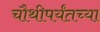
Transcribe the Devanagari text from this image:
चौथीपर्यंतच्या